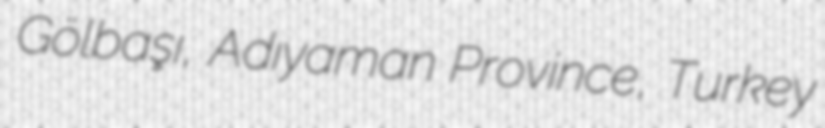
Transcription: Gölbaşı, Adıyaman Province, Turkey